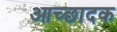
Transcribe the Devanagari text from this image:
आच्छादक